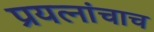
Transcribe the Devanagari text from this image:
प्रयत्‍नांचाच